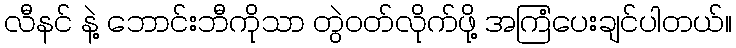
လီနင် နဲ့ ဘောင်းဘီကိုသာ တွဲဝတ်လိုက်ဖို့ အကြံပေးချင်ပါတယ်။